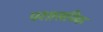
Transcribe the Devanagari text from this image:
पशासनिक